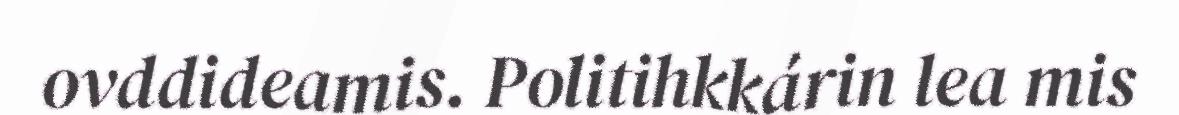
ovddideamis. Politihkkárin lea mis